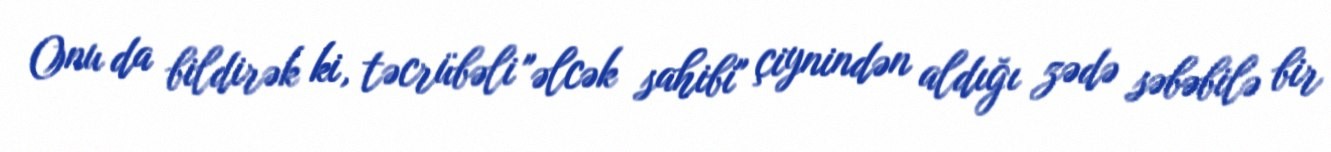
Onu da bildirək ki, təcrübəli "əlcək sahibi" çiynindən aldığı zədə səbəbilə bir